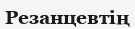
Резанцевтің